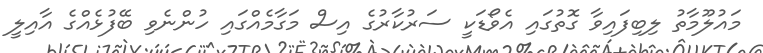
މައުލޫމާތު ލިބިފައިވާ ގޮތުގައި އެވޯޑަކީ ސަރުކާރުގެ އިސް މަގާމެއްގައި ހުންނެވި ބޭފުޅެއްގެ އާއިލީ